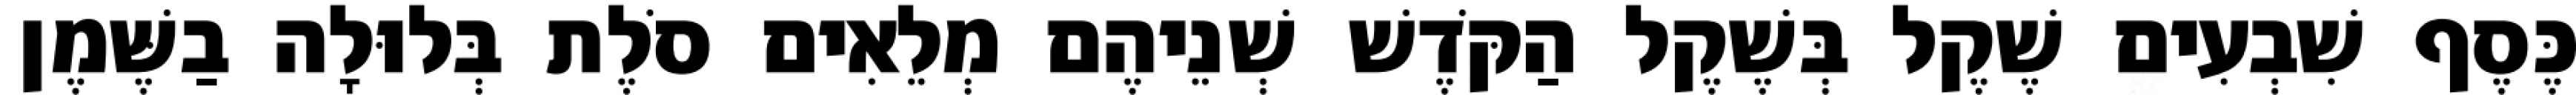
כֶּסֶף שִׁבְעִים שֶׁקֶל בְּשֶׁקֶל הַקֹּדֶשׁ שְׁנֵיהֶם מְלֵאִים סֹלֶת בְּלוּלָה בַשֶּׁמֶן